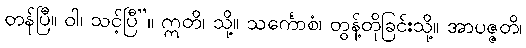
တန်ပြီ။ ဝါ၊ သင့်ပြီ”။ ဣတိ၊ သို့။ သင်္ကောစံ၊ တွန့်တိုခြင်းသို့။ အာပဇ္ဇတိ၊